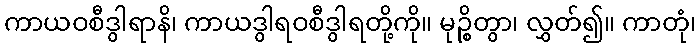
ကာယဝစီဒွါရာနိ၊ ကာယဒွါရဝစီဒွါရတို့ကို။ မုဉ္စိတွာ၊ လွှတ်၍။ ကာတုံ၊